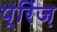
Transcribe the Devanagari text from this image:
प्रिंज़